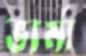
ভার্মা